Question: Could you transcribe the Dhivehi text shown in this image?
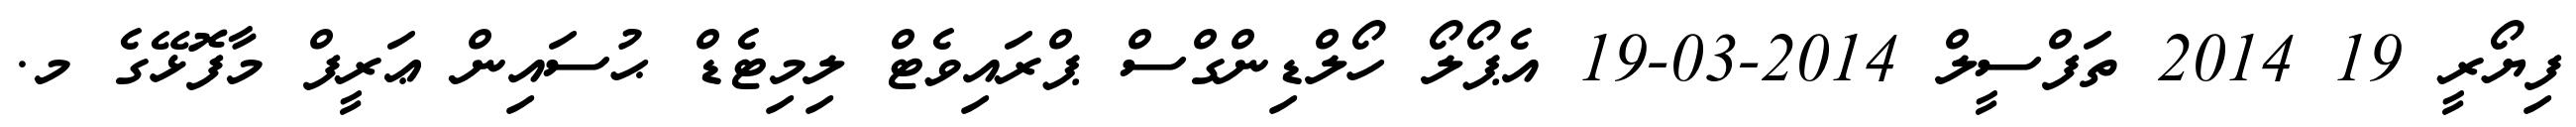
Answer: ފިޔޯރީ 19 2014 ތަފްސީލް 2014-03-19 އެޕޯލޯ ހޯލްޑިންގްސް ޕްރައިވެޓް ލިމިޓެޑް ޙުސައިން ޢަރީފް މާފޮޅޭގެ މ.